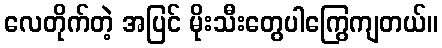
လေတိုက်တဲ့ အပြင် မိုးသီးတွေပါကြွေကျတယ်။